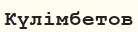
Күлімбетов